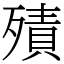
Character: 㱴